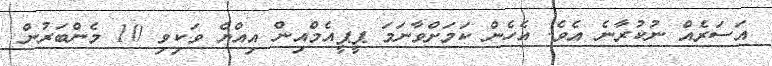
އަސަރެއް ނުކުރާނެ އެވެ. އެހެން ކަމަށްވާނަމަ ޕީޕީއެމްއިން އިއްޔެ ވަކިވި 10 މެންބަރުން